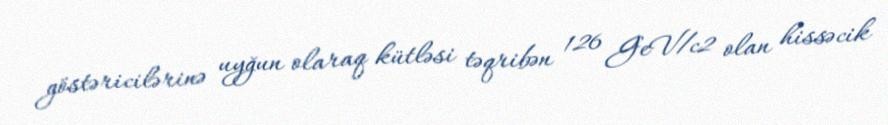
göstəricilərinə uyğun olaraq kütləsi təqribən 126 GeV/c2 olan hissəcik